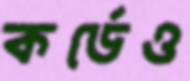
কর্ডেও